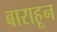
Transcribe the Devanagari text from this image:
बाराहून